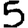
Digit: 5